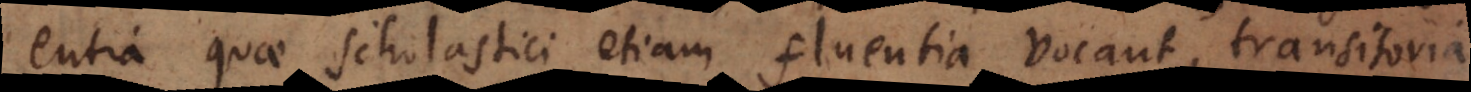
entia quae Scholastici etiam fluentia vocant, transitoria